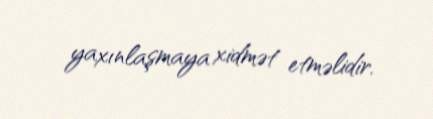
yaxınlaşmaya xidmət etməlidir.